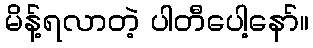
မိန့်ရလာတဲ့ ပါတီပေါ့နော်။